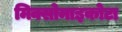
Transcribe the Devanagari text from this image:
मिक्सोमाइकोटा